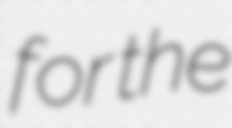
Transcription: for the